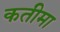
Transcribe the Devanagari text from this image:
कतीमा